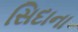
સિદાના